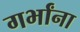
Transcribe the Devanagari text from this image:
गर्भांना